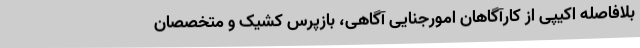
بلافاصله اکیپی از کارآگاهان امورجنایی آگاهی، بازپرس کشیک و متخصصان